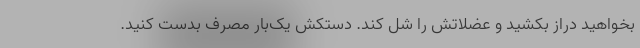
بخواهید دراز بکشید و عضلاتش را شل کند. دستکش یک‌بار مصرف بدست کنید.